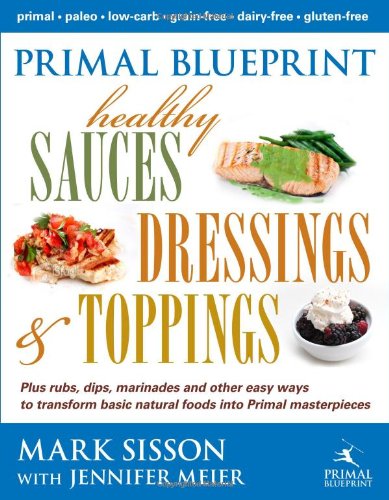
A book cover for Primal Blueprint Healthy Sauces, Dressings and Toppings; Mark Sisson; Cookbooks, Food & Wine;